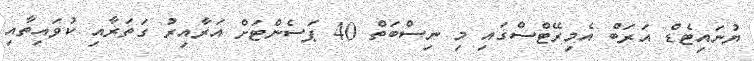
ޔުނައިޓެޑް އަރަބް އެމިރޭޓްސްގައި މި ނިސްބަތް 40 ޕަސެންޓަށް އަރާއިރު ގަތަރާއި ކުވައިތާއި